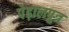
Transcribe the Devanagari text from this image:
पेढ़ालपुत्र